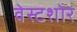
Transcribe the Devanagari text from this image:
वेस्टशोर